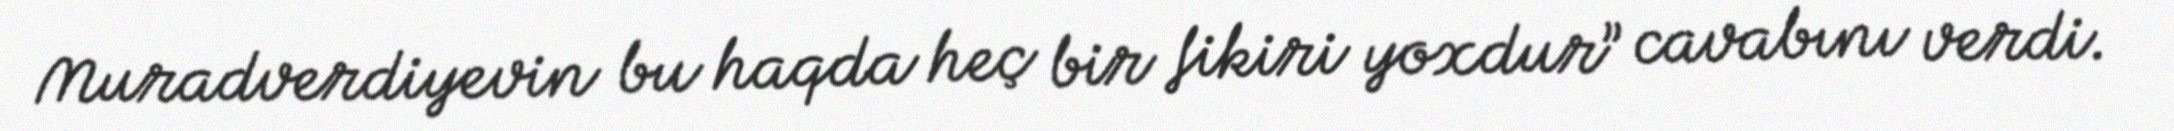
Muradverdiyevin bu haqda heç bir fikiri yoxdur” cavabını verdi.